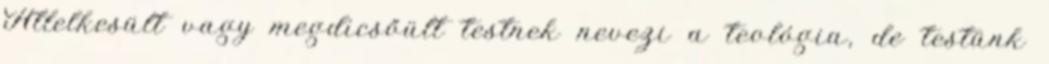
Átlelkesült vagy megdicsőült testnek nevezi a teológia, de testünk